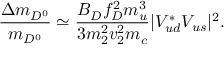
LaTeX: { \frac { \Delta m _ { D ^ { 0 } } } { m _ { D ^ { 0 } } } } \simeq { \frac { B _ { D } f _ { D } ^ { 2 } m _ { u } ^ { 3 } } { 3 m _ { 2 } ^ { 2 } v _ { 2 } ^ { 2 } m _ { c } } } | V _ { u d } ^ { * } V _ { u s } | ^ { 2 } .